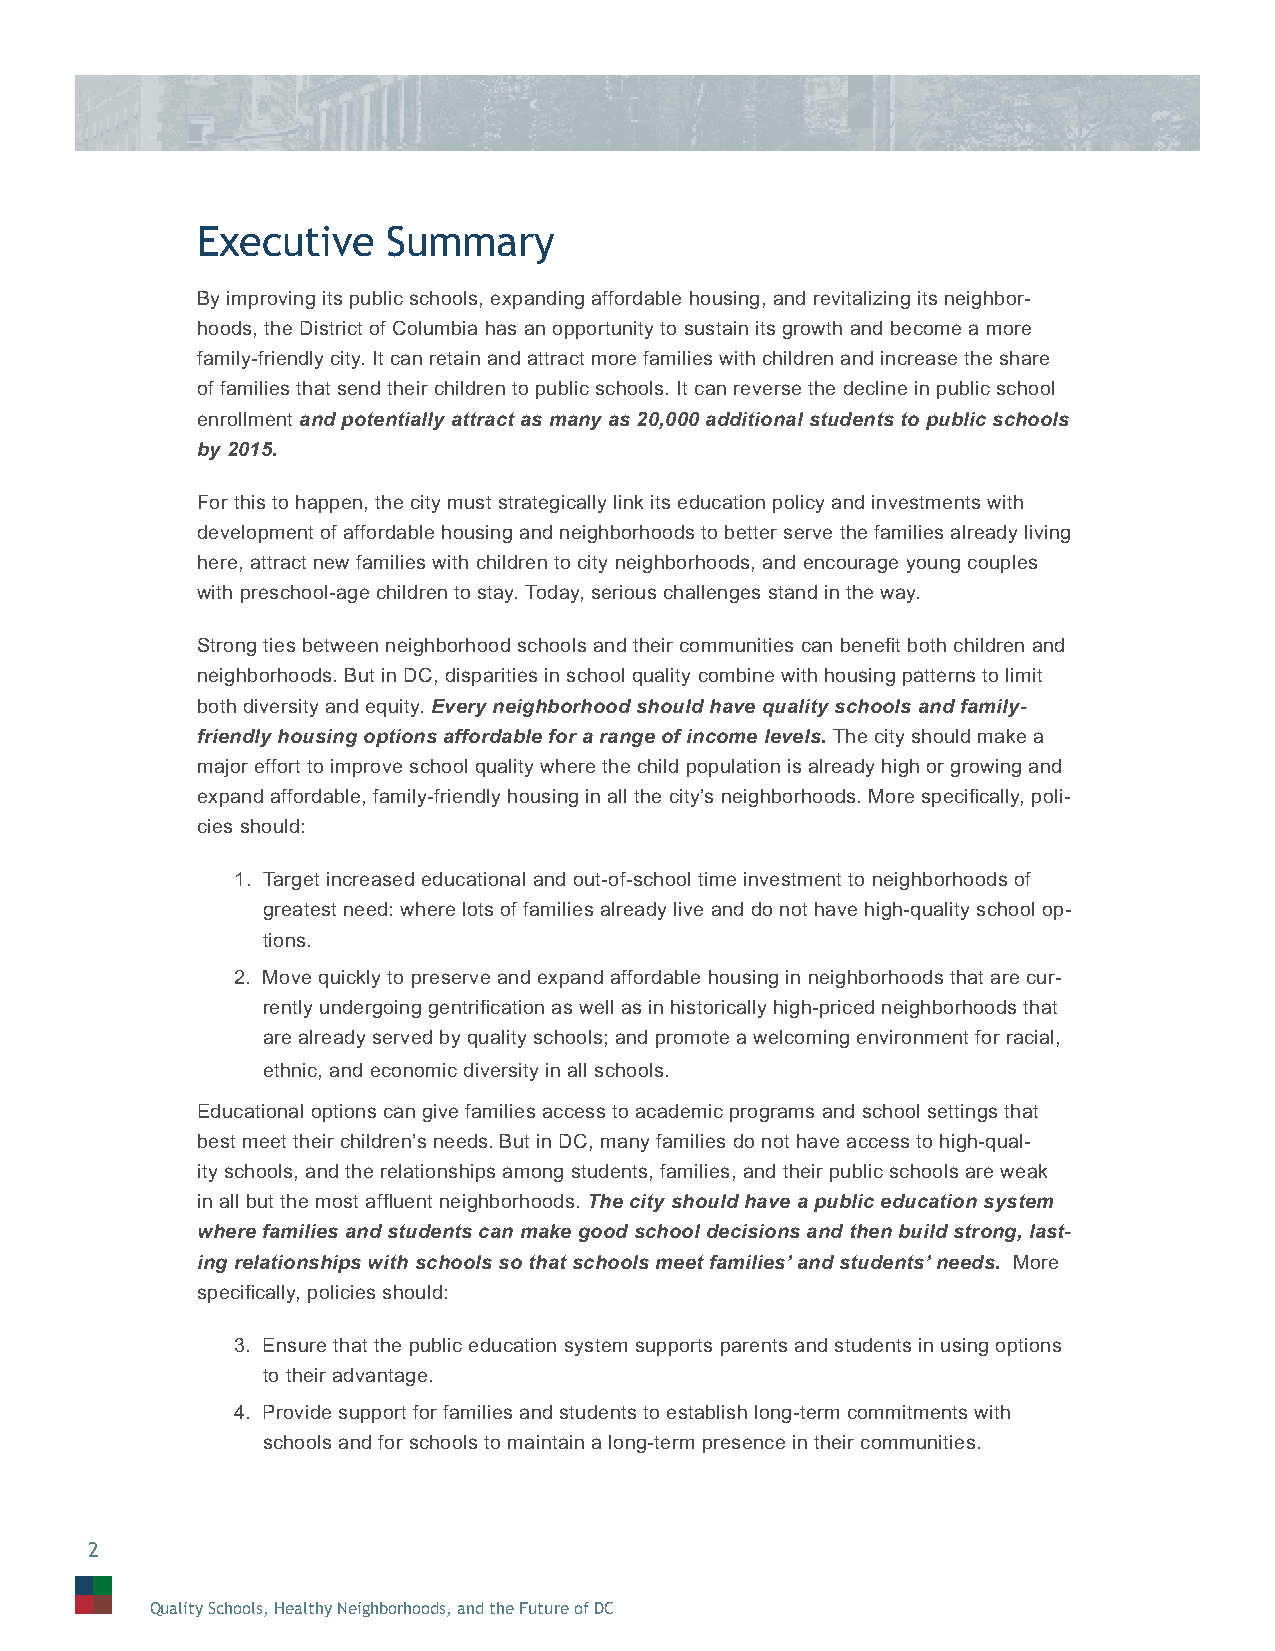
Executive    Summary
 By improving its public schools, expanding affordable housing, and revitalizing its neighbor-
 hoods, the District of Columbia has an opportunity to sustain its growth and become a more
 family-friendly city. It can retain and attract more families with children and increase the share
 of families that send their children to public schools. It can reverse the decline in public school
 enrollment and potentially attract as many as 20,000 additional students to public schools
 by 2015.
 For this to happen, the city must strategically link its education policy and investments with
 development of affordable housing and neighborhoods to better serve the families already living
 here, attract new families with children to city neighborhoods, and encourage young couples
 with preschool-age children to stay. Today, serious challenges stand in the way.
 Strong ties between neighborhood schools and their communities can benefi t both children and
 neighborhoods. But in DC, disparities in school quality combine with housing patterns to limit
 both diversity and equity. Every neighborhood should have quality schools and family-
 friendly housing options affordable for a range of income levels. The city should make a
 major effort to improve school quality where the child population is already high or growing and
 expand affordable, family-friendly housing in all the city’s neighborhoods. More specifi cally, poli-
 cies should:
 1. Target increased educational and out-of-school time investment to neighborhoods of
 greatest need: where lots of families already live and do not have high-quality school op-
 tions.
 2. Move quickly to preserve and expand affordable housing in neighborhoods that are cur-
 rently undergoing gentrifi cation as well as in historically high-priced neighborhoods that
 are already served by quality schools; and promote a welcoming environment for racial,
 ethnic, and economic diversity in all schools.
 Educational options can give families access to academic programs and school settings that
 best meet their children’s needs. But in DC, many families do not have access to high-qual-
 ity schools, and the relationships among students, families, and their public schools are weak
 in all but the most affl uent neighborhoods. The city should have a public education system
 where families and students can make good school decisions and then build strong, last-
 ing relationships with schools so that schools meet families’ and students’ needs. More
 specifi cally, policies should:
 3. Ensure that the public education system supports parents and students in using options
 to their advantage.
 4. Provide support for families and students to establish long-term commitments with
 schools and for schools to maintain a long-term presence in their communities.
 2
 Quality Schools, Healthy Neighborhoods, and the Future of DC